King Institute of Preventive Medicine Bacteriolog. Section reports 1907-08
Year: 1907
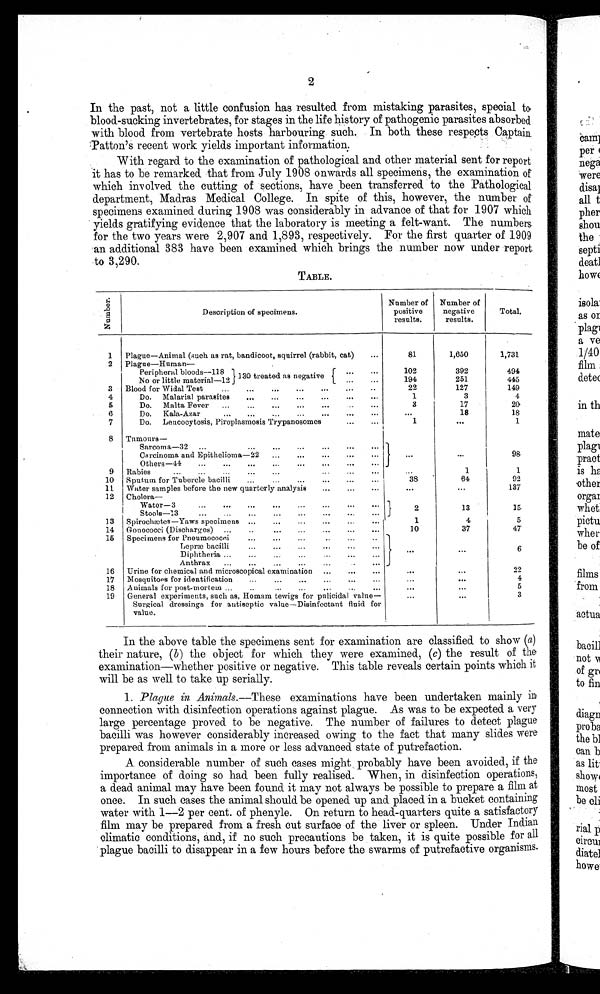
2
In the past, not a little confusion has resulted. from mistaking parasites, special to
blood-sucking invertebrates, for stages in the life history of pathogenic parasites absorbed
with blood from vertebrate hosts harbouring such. In both these respects Captain.
:Patton's recent work yields important information.
With regard to the examination of pathological and other material sent for report
it has to be remarked that from July 1908 onwards all specimens, the examination of
which inv olved the cutting of sections, have been transferred to the Pathological
department, Madras Medical College. In spite of this, however, the number of
specimens examined. during 1908 was considerably in advance of that for 1907 which
yields gratifying evidence that the laboratory is meeting a felt-want. The numbers.
for the two years were 2,907 and 1,893, respectively. For the first quarter of 1909
an additional 383 have been examined which brings the number now under report.
to 3,290.
TABLE.
N u m b e r s .
Description of specimens.
Number of
positive
results.
Number of
negative
results.
Total.
1
2
3
4
5
6
7
Plague—Animal (such as rat, bandicoot, squirrel (rabbit, cat)
...
Plague—Human—
Peripheral bloods--11 1 130 treated as negative
•••
No or little material-12
...
...
Blood for Widal Test
...
...
...
...
...
...
..
Do. Malarial parasites
...
...
...
...
...
...
Do. Malta Fever
...
...
...
...
...
Do. Kala-Azar
...
...
...
...
...
...
...
Do. Lencocytosis, Piroplasmosis Trypanosomes
...
81
102
194
22
1
3
...
1
1,650
392
251
127
3
17
18
•••
1,731
494
445
149
4
20
18
1
8
9
10
11
12
13
14
15
16
17
18
19
Tnmours—
Sarcoma—32 ...
...
...
...
...
•••
Carcinoma and Epithelioma-22
...
...
...
...
Others-44
...
...
...
...
...
...
...
Rabies
•••
•••
•••
•••
...
...
...
Sputum for Tubercle bacilli
...
...
...
...
...
Water samples before the new quarterly analysis
...
...
...
Cholera-
Water-3
•••
•••
•
•
•
• ••
•••
Stools-13
...
...
...
...
...
...
...
...
Spirochætes—Yaws specimens ...
...
...
...
...
Gonococci (Discharges) •••
..
...
...
...
...
...
Specimens for Pneumococci
...
...
...
Lepræ bacilli
...
...
...
...
...
...
Diphtheria......
...
...
..
...
...
Anthrax...
...
...
...
...
...
Urine for chemical and microscopical examination ...
...
...
Mosquitoes for identification
...
...
...
...
...
...
Animals for post-mortem ...
..
...
...
...
...
...
General experiments, such as, Homam tewigs for pulicidal value-
Surgical dressings for antiseptic value—Disinfectant fluid for
value.
•••
...
38
•••
2
1
10
•••
•••
'•• ...
—
1
64
•••
13
4
37
• ••
...
•.•
•"
98.
1
92
137
15.
5
47
6
4
5
3
In the above table the specimens sent for examination are classified to show (a)
their nature, (b) the object for which they were examined, (c) the result of the
examination—whether positive or negative. This table reveals certain points which it
will be as well to take up serially.
1. Plague in Animals.--These examinations have been undertaken mainly in
connection with disinfection operations against plague. As was to be expected a very
large percentage proved to be negative. The number of failures to detect plague
bacilli was however considerably increased owing to the fact that many slides were
prepared from animals in a more or less advanced state of putrefaction.
A considerable number of such cases might probably have been avoided, if the
importance of doing so had been fully realised. When, in disinfection operations,
a dead animal may have been found it may not always be possible to prepare a film at
once. In such cases the animal should be opened up and placed in a bucket containing
water with 1-2 per cent. of phenyle. On return to head-quarters quite a satisfactory
film may be prepared from a fresh cut surface of the liver or spleen. Under Indian
climatic conditions, and, if no such precautions be taken, it is quite possible for all
plague bacilli to disappear in a few hours before the swarms of putrefactive organisms.